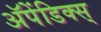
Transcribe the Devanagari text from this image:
अॅपेंडिक्स्